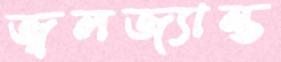
জ্বলজ্যান্ত